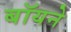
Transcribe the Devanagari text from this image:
बॉयने